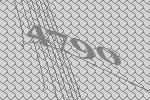
4790